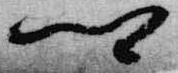
卿